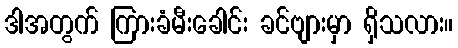
ဒါအတွက် ကြားခံမီးခေါင်း ခင်ဗျားမှာ ရှိသလား။